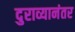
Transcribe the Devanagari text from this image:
दुराव्यानंतर